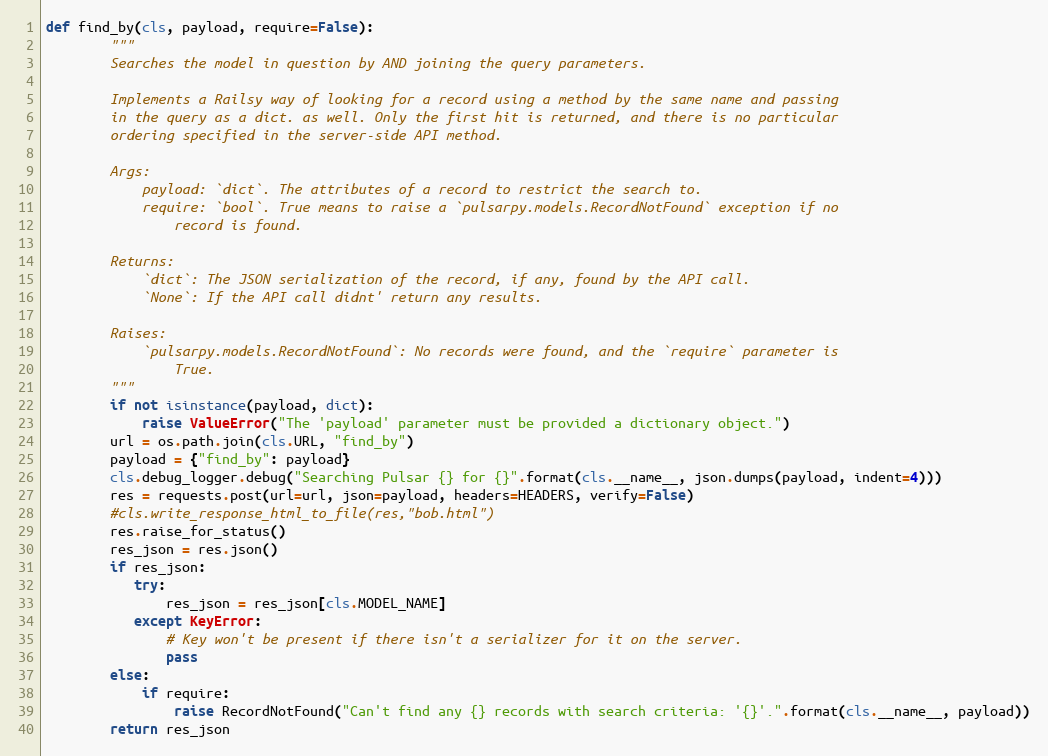
Language: Python
def find_by(cls, payload, require=False):
        """
        Searches the model in question by AND joining the query parameters.

        Implements a Railsy way of looking for a record using a method by the same name and passing
        in the query as a dict. as well. Only the first hit is returned, and there is no particular
        ordering specified in the server-side API method.

        Args:
            payload: `dict`. The attributes of a record to restrict the search to.
            require: `bool`. True means to raise a `pulsarpy.models.RecordNotFound` exception if no
                record is found.

        Returns:
            `dict`: The JSON serialization of the record, if any, found by the API call.
            `None`: If the API call didnt' return any results.

        Raises:
            `pulsarpy.models.RecordNotFound`: No records were found, and the `require` parameter is
                True.
        """
        if not isinstance(payload, dict):
            raise ValueError("The 'payload' parameter must be provided a dictionary object.")
        url = os.path.join(cls.URL, "find_by")
        payload = {"find_by": payload}
        cls.debug_logger.debug("Searching Pulsar {} for {}".format(cls.__name__, json.dumps(payload, indent=4)))
        res = requests.post(url=url, json=payload, headers=HEADERS, verify=False)
        #cls.write_response_html_to_file(res,"bob.html")
        res.raise_for_status()
        res_json = res.json()
        if res_json:
           try:
               res_json = res_json[cls.MODEL_NAME]
           except KeyError:
               # Key won't be present if there isn't a serializer for it on the server.
               pass
        else:
            if require:
                raise RecordNotFound("Can't find any {} records with search criteria: '{}'.".format(cls.__name__, payload))
        return res_json